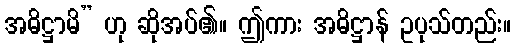
အဓိဋ္ဌာမိ” ဟု ဆိုအပ်၏။ ဤကား အဓိဋ္ဌာန် ဥပုသ်တည်း။